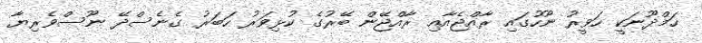
ހަމްދޫނަކީ ހަވީރު ނޫހުގައި ރާއްޖެއާއި ރާއްޖޭން ބޭރުގެ ކުޅިވަރު ހަބަރު ގެނެސްދޭ ނޫސްވެރިޔާ